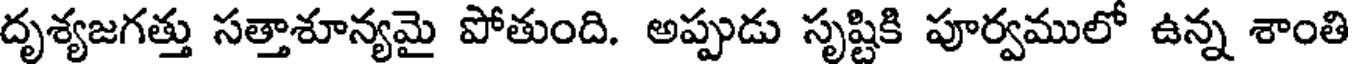
దృశ్యజగత్తు సత్తాశూన్యమై పోతుంది. అప్పుడు సృష్టికి పూర్వములో ఉన్న శాంతి